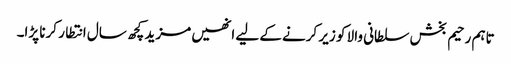
تاہم رحیم بخش سلطانی والا کو زیر کرنے کے لیے انھیں مزید کچھ سال انتطار کرنا پڑا۔